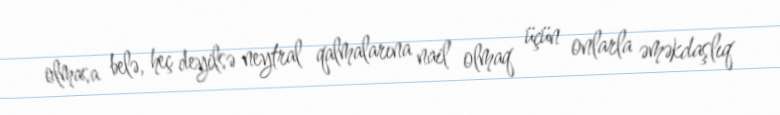
olmasa belə, heç deyilsə neytral qalmalarına nail olmaq üçün onlarla əməkdaşlıq